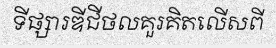
ទីផ្សារឌីជីថលគួរគិតលើសពី